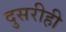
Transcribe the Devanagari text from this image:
दुसरीही